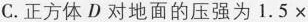
C.正方体D对地面的压强为1.5\times